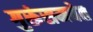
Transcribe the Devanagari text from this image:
गुरूंसमवेत